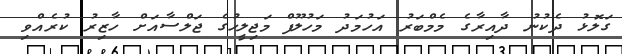
ގަލޮޅު ދެކުނު ދާއިރާގެ މެމްބަރު އަހުމަދު މަހުލޫފް މަޖިލީހުގެ ޖަލްސާއަށް ހާޒިރު ކުރެއްވި